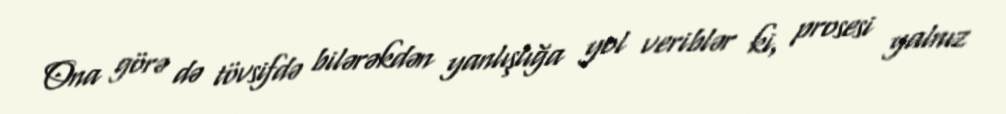
Ona görə də tövsifdə bilərəkdən yanlışlığa yol veriblər ki, prosesi yalnız